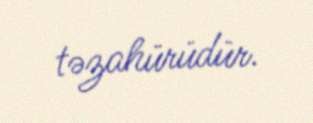
təzahürüdür.